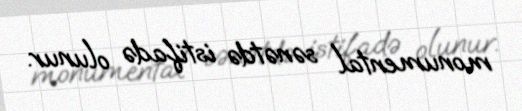
monumental sənətdə istifadə olunur.